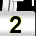
Digit: 2